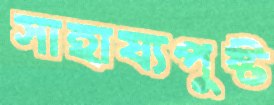
সাহায্যপুষ্ট